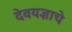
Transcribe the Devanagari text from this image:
देवयज्ञाचे